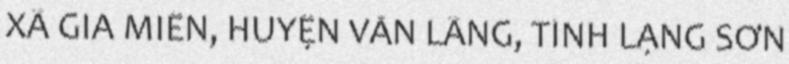
XÃ GIA MIỄN, HUYỆN VĂN LÃNG, TỈNH LẠNG SƠN